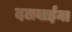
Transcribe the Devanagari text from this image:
दलवाईंना